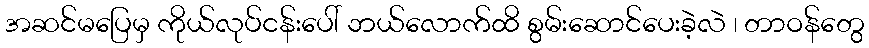
အဆင်မပြေမှ ကိုယ်လုပ်ငန်းပေါ် ဘယ်လောက်ထိ စွမ်းဆောင်ပေးခဲ့လဲ ၊ တာဝန်တွေ